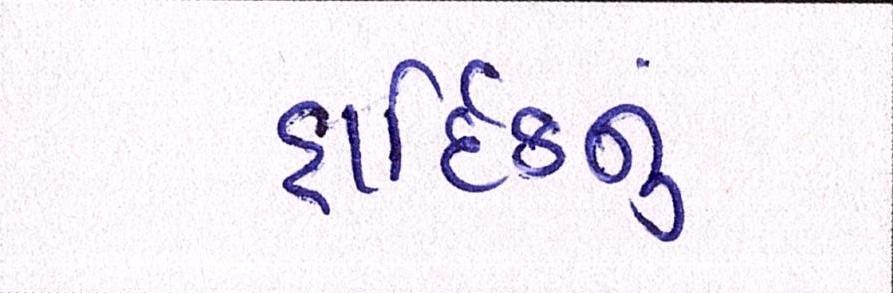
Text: હાર્દિકનું